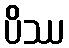
ပိဿ